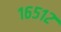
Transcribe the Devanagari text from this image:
१६५१२